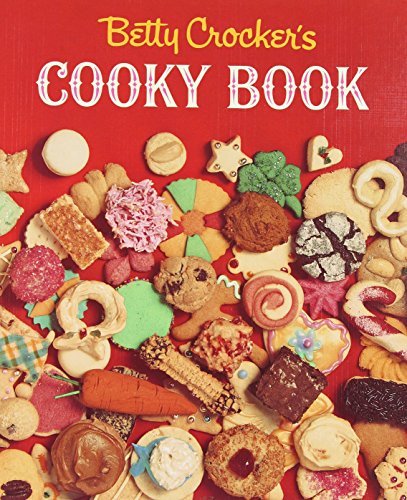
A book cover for Betty Crocker's Cooky Book; Betty Crocker; Cookbooks, Food & Wine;